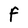
Character: F